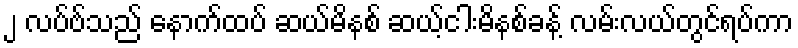
၂ လပ်ဗ်သည် နောက်ထပ် ဆယ်မိနစ် ဆယ့်ငါးမိနစ်ခန့် လမ်းလယ်တွင်ရပ်ကာ